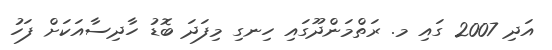
އަދި 2007 ގައި މ. ރަތްމަންދޫގައި ހިނގި މިފަދަ ބޮޑު ހާދިސާއަކަށް ފަހު